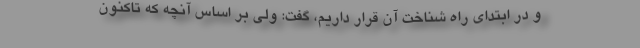
و در ابتدای راه شناخت آن قرار داریم، گفت: ولی بر اساس آنچه که تاکنون